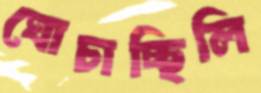
ঘোচাচ্ছিলি